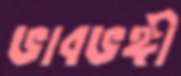
ভাবভঙ্গী